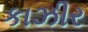
કાઝીર